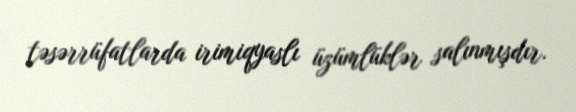
təsərrüfatlarda irimiqyaslı üzümlüklər salınmışdır.